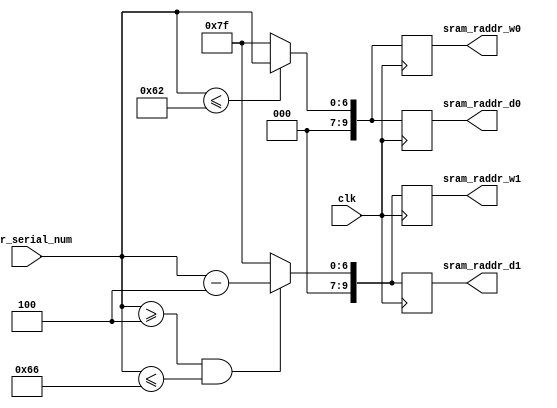
// This program was cloned from: https://github.com/benhuangpf/systolic-array
// License: MIT License

//-------do the address select for 32 queue, each queue size 32+32-1---


module addr_sel
(
	input clk,
	input [6:0] addr_serial_num,							//max = 126, setting all of the addr127 = 0
	
	//sel for w0~w7
	output reg [9:0] sram_raddr_w0,			//queue 0~3
	output reg [9:0] sram_raddr_w1,			//queue 4~7

	//sel for d0~d7
	output reg [9:0] sram_raddr_d0,
	output reg [9:0] sram_raddr_d1
);

wire [9:0] sram_raddr_w0_nx;			//queue 0~3
wire [9:0] sram_raddr_w1_nx;			//queue 4~7

//sel for d0~d7
wire [9:0] sram_raddr_d0_nx;
wire [9:0] sram_raddr_d1_nx;

always@(posedge clk) begin				//fit in output flip-flop
	sram_raddr_w0 <= sram_raddr_w0_nx;
	sram_raddr_w1 <= sram_raddr_w1_nx;

	sram_raddr_d0 <= sram_raddr_d0_nx;
	sram_raddr_d1 <= sram_raddr_d1_nx;
end

assign sram_raddr_w0_nx = (addr_serial_num<=98)? { {3{1'd0}} , addr_serial_num} : 127;
assign sram_raddr_w1_nx = (addr_serial_num>=4 && addr_serial_num<=102)? { {3{1'd0}} , addr_serial_num-7'd4} : 127;

assign sram_raddr_d0_nx = (addr_serial_num<=98)? { {3{1'd0}} , addr_serial_num} : 127;
assign sram_raddr_d1_nx = (addr_serial_num>=4 && addr_serial_num<=102)? { {3{1'd0}} , addr_serial_num-7'd4} : 127;


endmodule